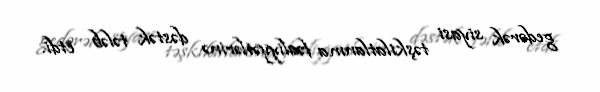
gedərək siyasi təşkilatlanma fəaliyyətlərinə dəstək tələb etdi.